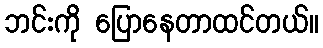
ဘင်းကို ပြောနေတာထင်တယ်။